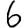
Digit: 6